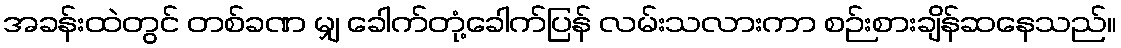
အခန်းထဲတွင် တစ်ခဏ မျှ ခေါက်တုံ့ခေါက်ပြန် လမ်းသလားကာ စဉ်းစားချိန်ဆနေသည်။